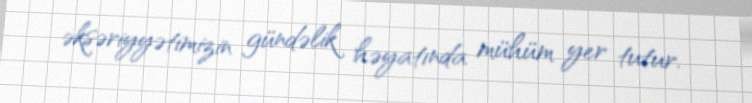
əksəriyyətimizin gündəlik həyatında mühüm yer tutur.